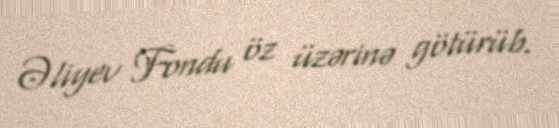
Əliyev Fondu öz üzərinə götürüb.